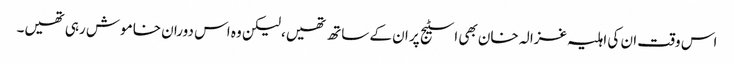
اس وقت ان کی اہلیہ غزالہ خان بھی اسٹیج پر ان کے ساتھ تھیں، لیکن وہ اس دوران خاموش رہی تھیں۔